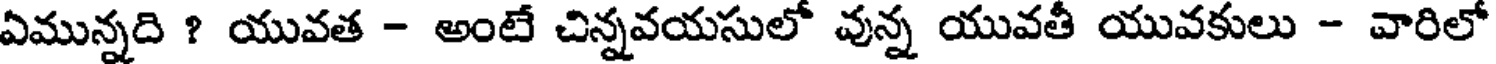
ఏమున్నది ? యువత - అంటే చిన్నవయసులో వున్న యువతీ యువకులు - వారిలో